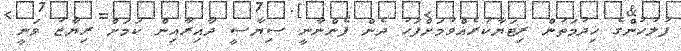
ފުލުހުންގެ ޚިދުމަތުން ރިޓަޔާކުރެއްވުމަށްފަހު ދެން ފެންނާނީ ސިޔާސީ ދާއިރާއިން ކަމަށް ރިޔާޒު ވަނީ